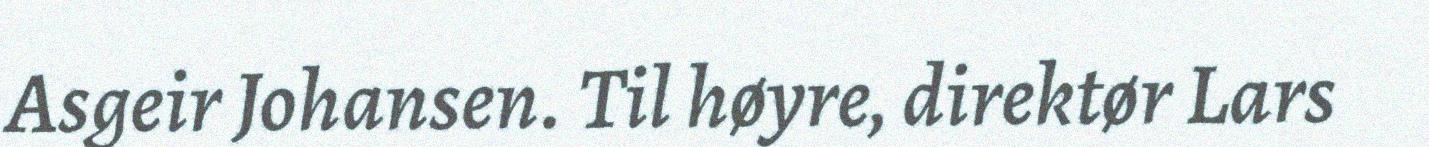
Asgeir Johansen. Til høyre, direktør Lars